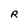
Character: R